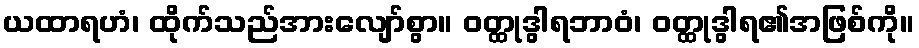
ယထာရဟံ၊ ထိုက်သည်အားလျော်စွာ။ ဝတ္ထုဒွါရဘာဝံ၊ ဝတ္ထုဒွါရ၏အဖြစ်ကို။